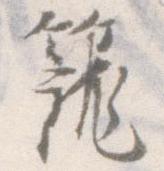
籠